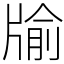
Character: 牏